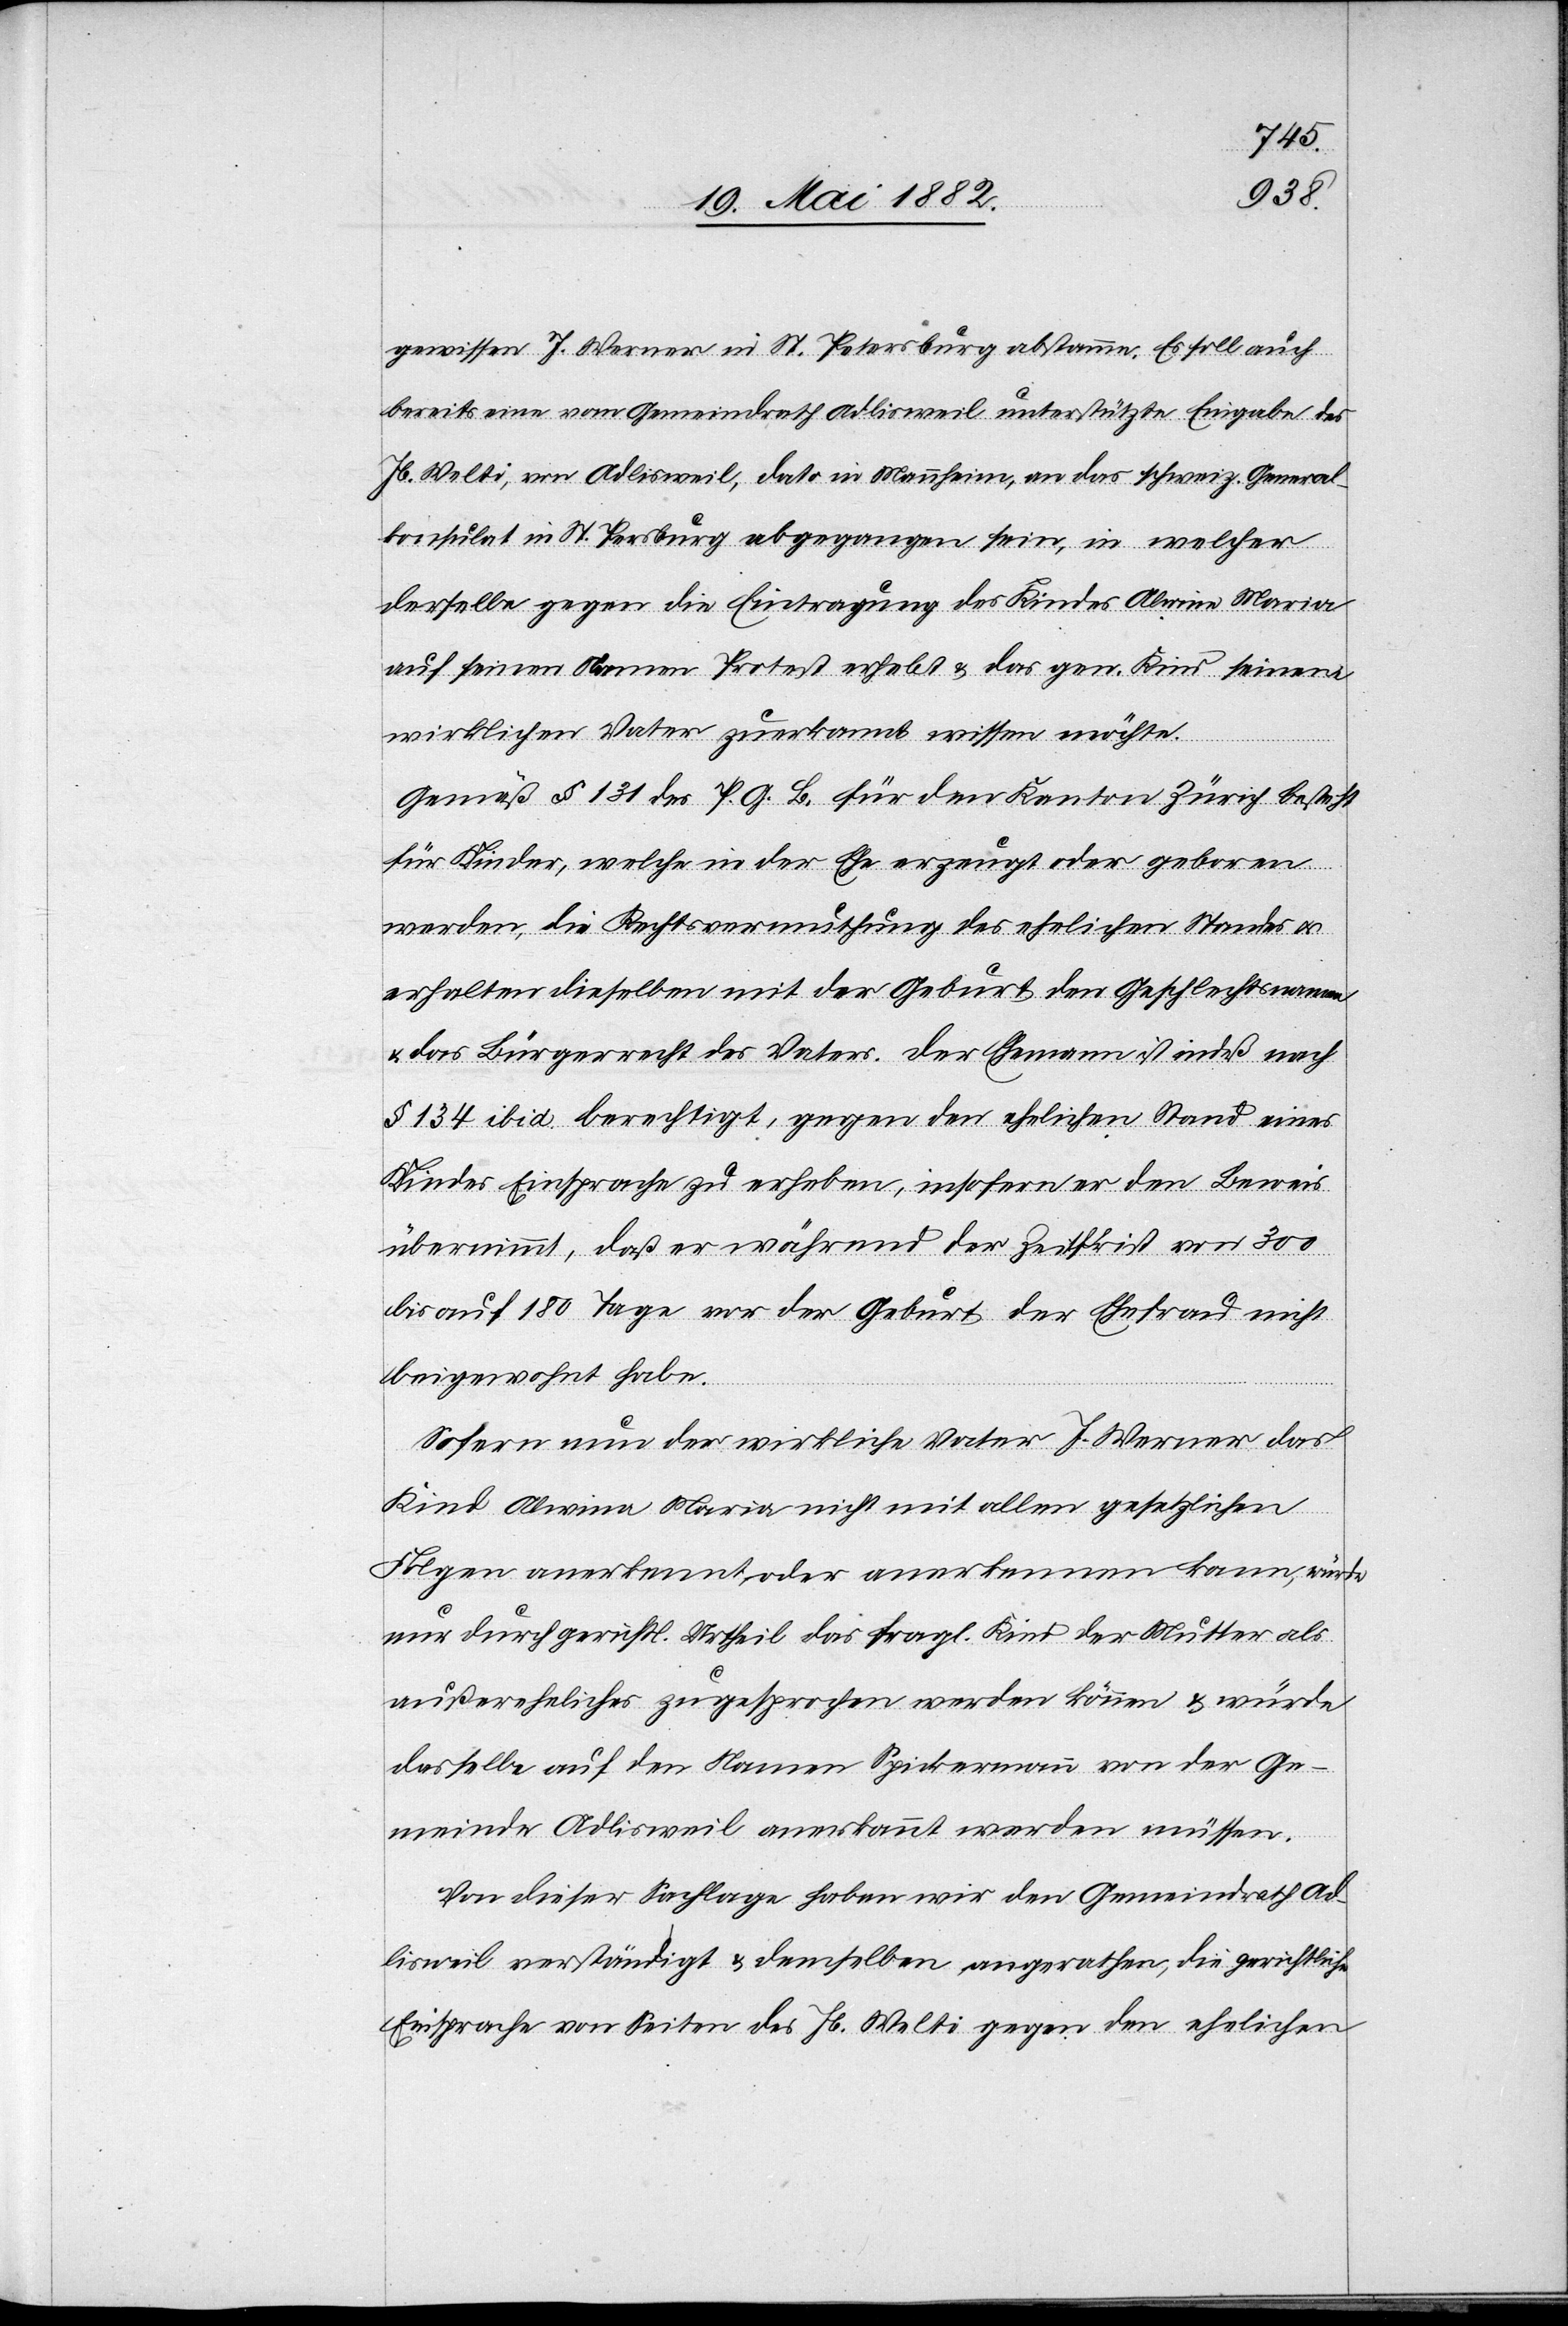
gewissen J. Werner in St. Petersburg abstamme. Es soll auch
bereits eine vom Gemeindrath Adlisweil unterstützte Eingabe des
Jb. Welti, von Adlisweil, dato in Mannheim, an das schweiz. General¬
konsulat in St. Petersburg abgegangen sein, in welcher
derselbe gegen die Eintragung des Kindes Alwine Maria
auf seinen Namen Protest erhebt & das gen. Kind seinem
wirklichen Vater zuerkannt wissen möchte.
Gemäß § 131 des P. G. B. für den Kanton Zürich besteht
für Kinder, welche in der Ehe erzeugt oder geborgen
werden, die Rechtsvermuthung des ehelichen Standes u.
erhalten dieselben mit der Geburt den Geschlechtsnamen
& das Bürgerrecht des Vaters. Der Ehemann ist indeß nach
§ 134 ibid. berechtigt, gegen den ehelichen Stand eines
Kindes Einsprache zu erheben, insbesondere er den Beweis
übernimmt, daß er während der Zeitfrist von 300
bis auf 180 Tage vor der Geburt der Ehefrau nicht
beigewohnt habe.
Sofern nun der wirkliche Vater J. Werner das
Kind Alwina Maria nicht mit allen gesetzlichen
Folgen anerkennt, oder anerkennen kann, würde
nur durch gerichtl. Urtheil das fragl. Kind der Mutter als
außereheliches zugesprochen werden können & würde
dasselbe auf den Namen Spickermann von der Ge¬
meinde Adlisweil anerkannt werden müssen.
Von dieser Sachlage haben wir den Gemeindrath Ad¬
lisweil verständigt & demselben angerathen, die gerichtliche
Einsprache von Seiten des Jb. Welti gegen den ehelichen